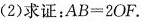
(2)求证：$$ AB = 2OF $$ 。